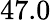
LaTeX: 47.0